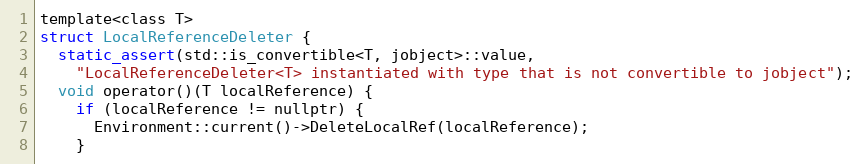
Language: C
template<class T>
struct LocalReferenceDeleter {
  static_assert(std::is_convertible<T, jobject>::value,
    "LocalReferenceDeleter<T> instantiated with type that is not convertible to jobject");
  void operator()(T localReference) {
    if (localReference != nullptr) {
      Environment::current()->DeleteLocalRef(localReference);
    }